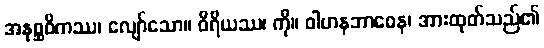
အနုစ္ဆဝိကဿ၊ လျော်သော။ ဝီရိယဿ၊ ကို။ ဝါဟနဘာဝေန၊ အားထုတ်သည်၏